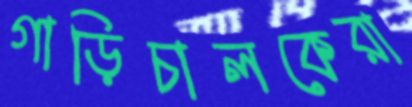
গাড়িচালকেরা